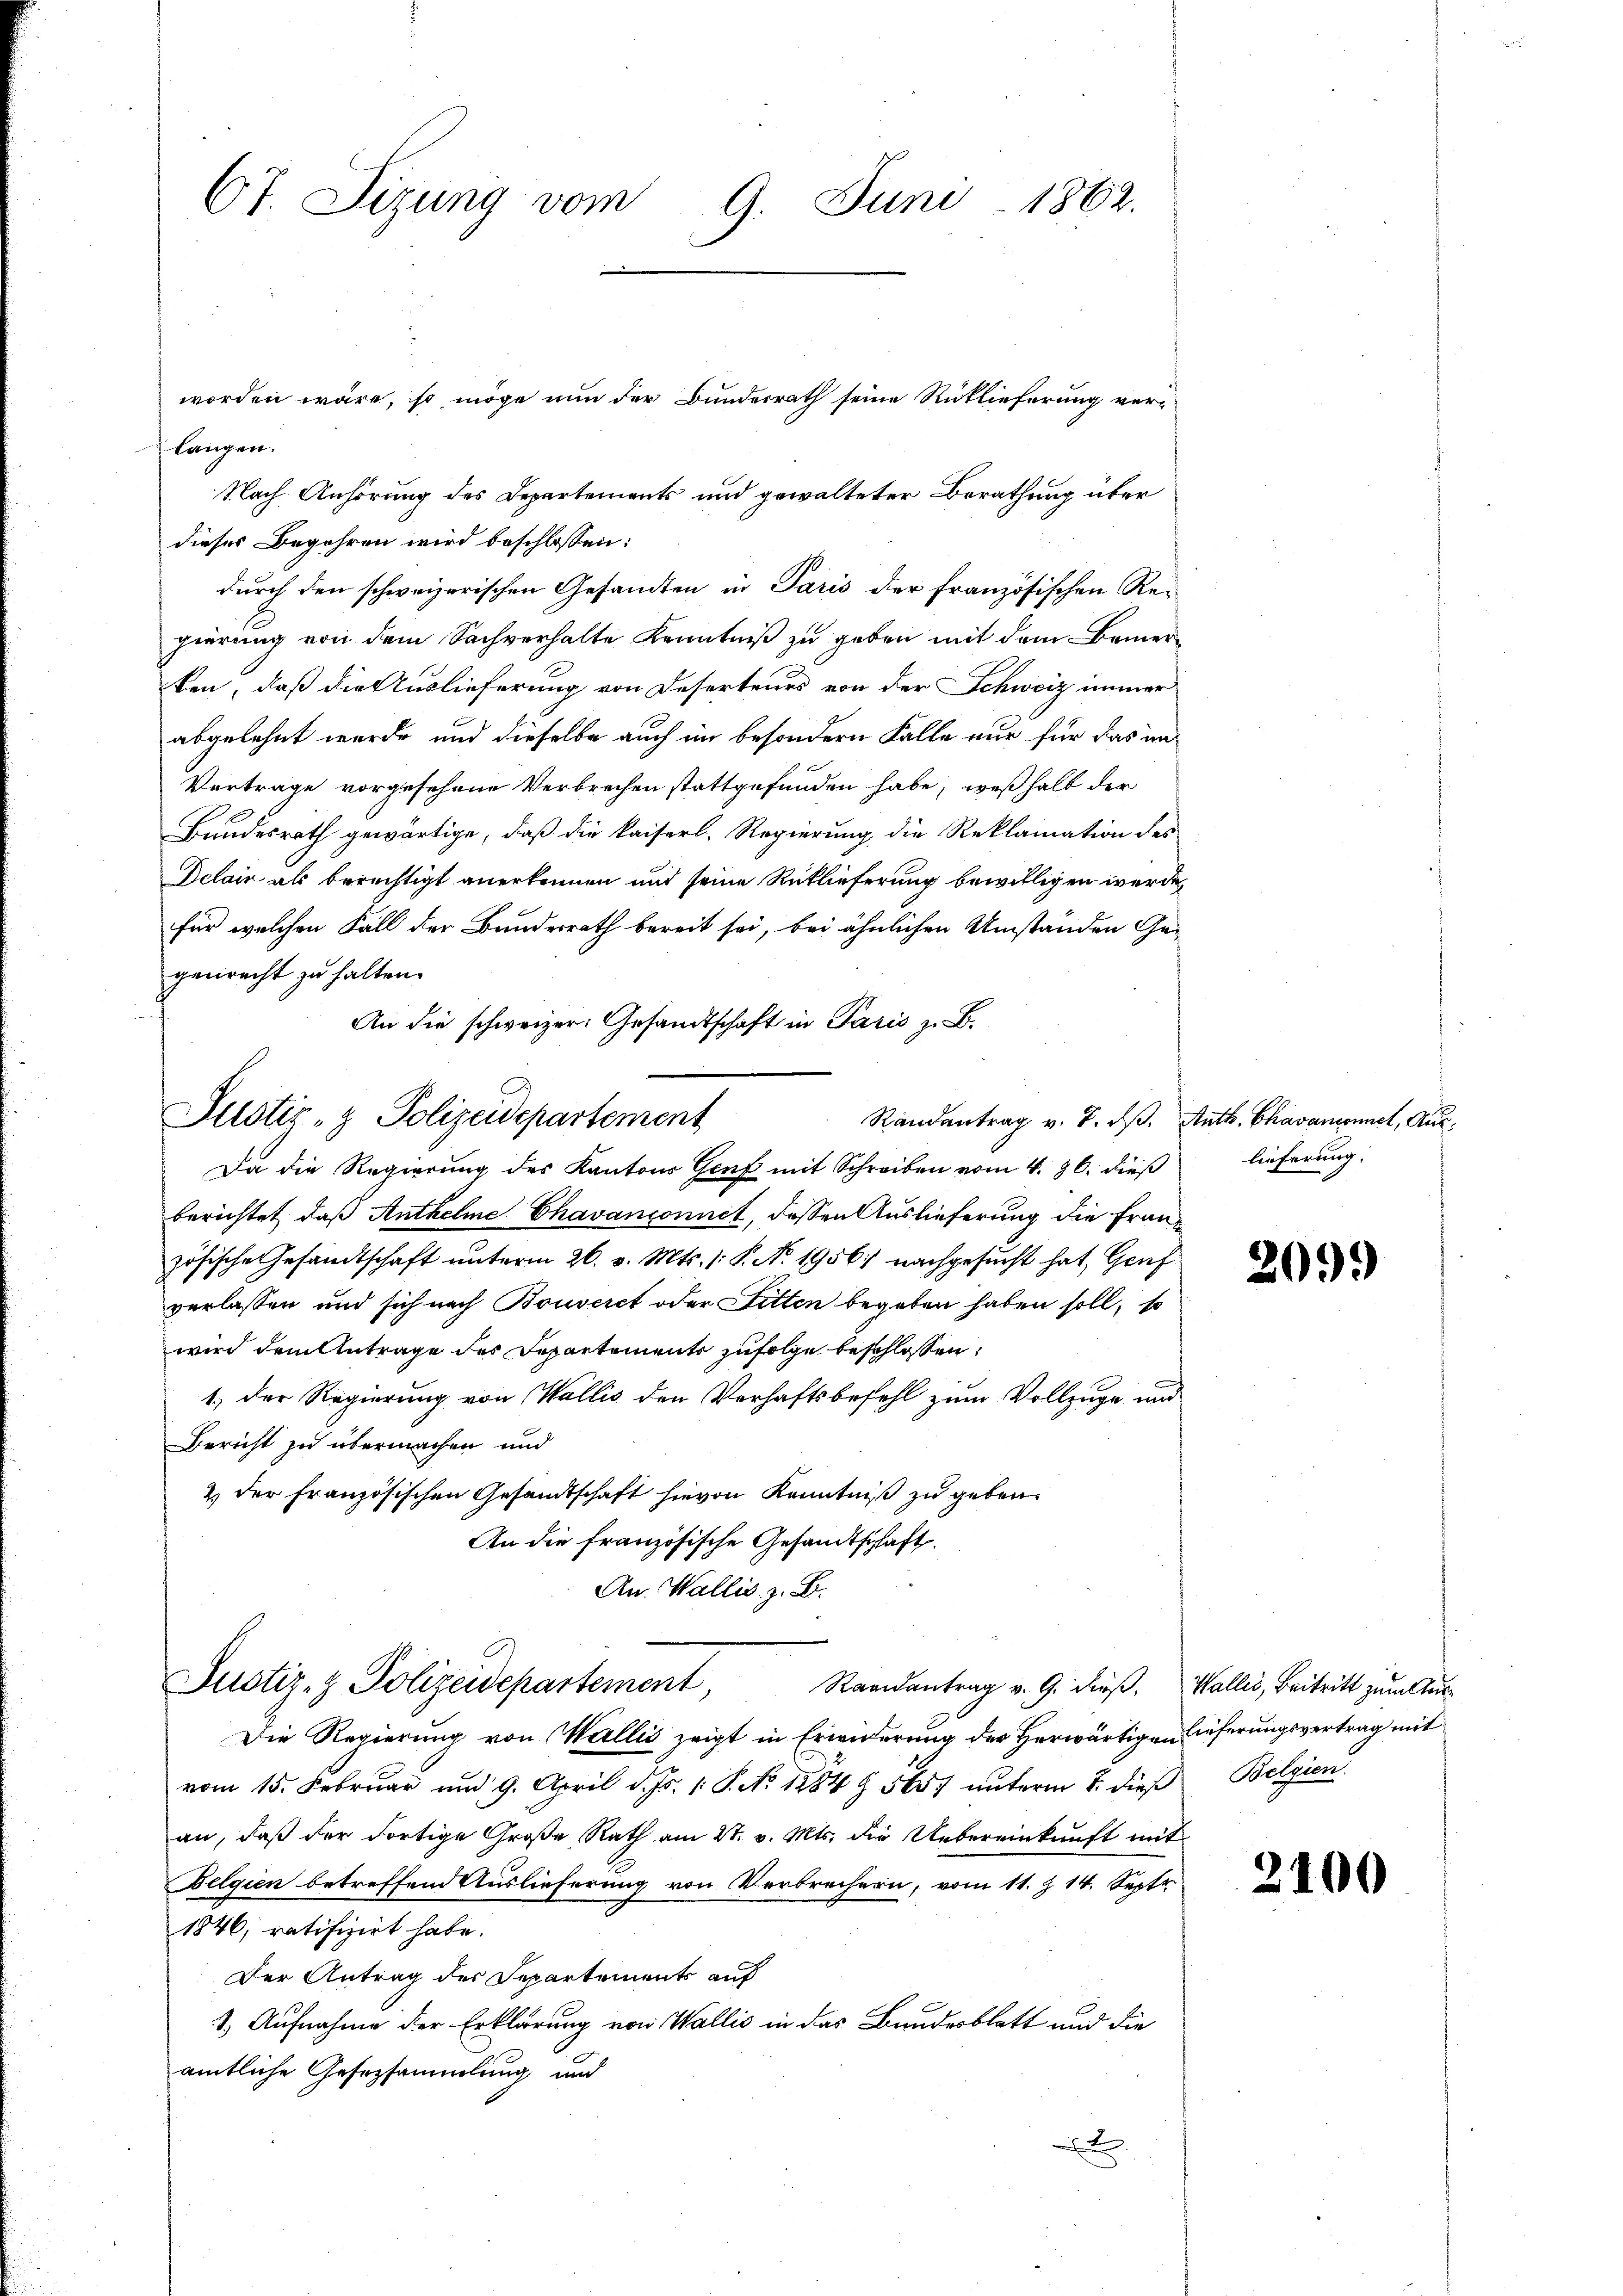
67. Sizung vom 9. Juni 1862.
worden wäre, so möge nun der Bunderrath seine Rücklieferung ver¬

langen.
Nach Anhörung des Departements und gewalteter Berathung über
dieses Begehren wird beschlossen:
durch den schweizerischen Gesandten in Paris der französischen Regierung von dem Sachverhalte Kenntniß zu geben mit dem Bemerben, daß die Auslieferung von Deserteurs von der Schweiz immerabgelehnt wurde und dieselbe auch im besondern Falle nur für das un¬
Vertrage vorgesehene Verbrechen stattgefunden habe, weßhalb der
Bundesrath gewärtige, daß die kaiserl. Regierung die Reklamation des
Delain als berechtigt anerkennen und seine Rücklieferung bewilligen werde,
für welchen Fall der Bundesrath bereit sei, bei ähnlichen Umständen Gegenrecht zu halten.
An die schweizer. Gesandtschaft in Paris z. B.

Justiz- & Polizeidepartement
Randantrag v. 7. ds.
Da die Regierung des Kantons Genf mit Schreiben vom 4. 26. dieß

berichtet, daß Anthelme Chavanconnit, dassen Auslieferung die Frau
zösische Gesandtschaft unterm 26. v. Mts. 1. P. N. 1956; nachgesucht hat, Genf
verlassen und sich nach Bouveret oder Fitten begeben haben soll, so
wird dem Antrage des Departements zufolge beschlossen:
1.) Der Regierung von Wallis den Verhaftsbefehl zum Vollzuge und
Bericht zu übermachen und
& der französischen Gesandtschaft hievon Kenntniß zu geben.
An die französische Gesandtschaft.
An. Wallis, z. B.
Justiz- & Polizeidepartement,
Randantrag v. 9. dieß,
Die Regierung von Wallis zeigt in Erwiderung der Herwärtigen
vom 15. Februar und 9. April d. Js. 1 S. No. 1884 § 5657 unterm 2. dieß
an, daß der dortige Große Rath am 21. v. Mts. die Uebereinkunft mi
Belgien betreffend Auslieferung von Verbrechern, vom 11. Z. 14. Septe
1846; ratifizirt habe.
Der Antrag der Separtements auf
1. Aufnahme der Erklärung von Wallis in das Bandesblatt und die
amtliche Gesersammlung und
x

Auth. Chavanconnel, Auslieferung.

209.

Wallis, Beitritt zum Auslieferungsvertrag mit
Belgien

2100